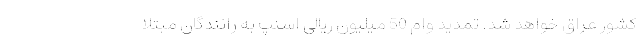
کشور عراق خواهد شد. تمدید وام 50 میلیون ریالی اسنپ به رانندگان مبتلا